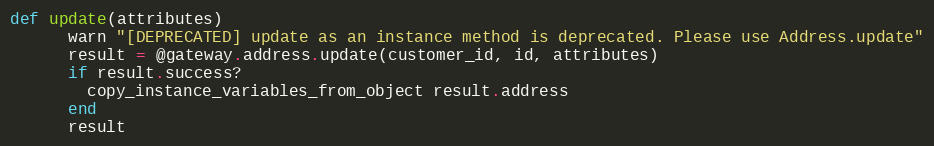
Language: Ruby
def update(attributes)
      warn "[DEPRECATED] update as an instance method is deprecated. Please use Address.update"
      result = @gateway.address.update(customer_id, id, attributes)
      if result.success?
        copy_instance_variables_from_object result.address
      end
      result